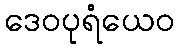
ဒေဝပုရံယေဝ